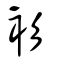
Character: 衫